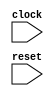
module AHB_Controller(
    input wire clock,
    input wire reset,
    // Add input/output ports for data transfer between modules
    // Add any other necessary input/output ports
    
    // Add internal signals and registers
    
    // Add timing control logic
    
    // Add synchronization logic
    
    // Add data transfer management logic
    
    // Add error detection and handling logic
    
    // Add any other necessary logic
    
    // Add any necessary outputs
);
    // Add Verilog code for the AHB bus controller
    
endmodule